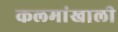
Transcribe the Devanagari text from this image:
कलमांखाली